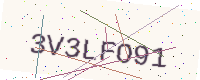
Text: 3V3LFO91